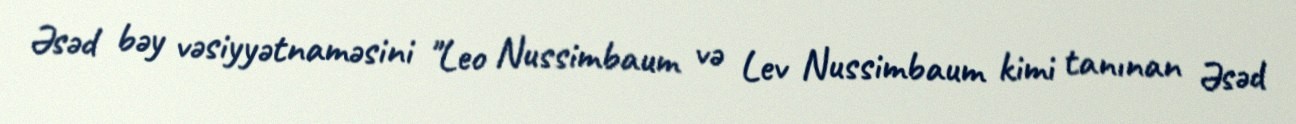
Əsəd bəy vəsiyyətnaməsini "Leo Nussimbaum və Lev Nussimbaum kimi tanınan Əsəd